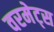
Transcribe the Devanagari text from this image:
वरमेट्स